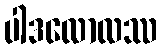
ပါဒလောလဿ